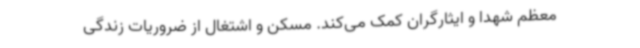
معظم شهدا و ایثارگران کمک می‌کند. مسکن و اشتغال از ضروریات زندگی